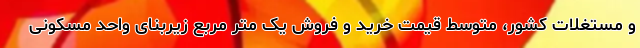
و مستغلات کشور، متوسط قیمت خرید و فروش یک متر مربع زیربنای واحد مسکونی